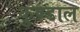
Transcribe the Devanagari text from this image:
कुण्डाल